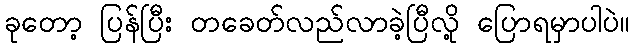
ခုတော့ ပြန်ပြီး တခေတ်လည်လာခဲ့ပြီလို့ ပြောရမှာပါပဲ။